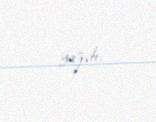
yazıb.